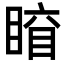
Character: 𥈛